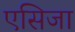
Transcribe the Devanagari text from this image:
एसिजा